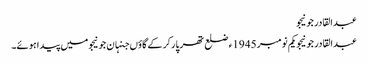
عبدالقادر جونیجو
عبدالقادر جونیجو یکم نومبر 1945ء ضلع تھرپارکر کے گاؤں جنہان جونیجو میں پیدا ہوئے۔